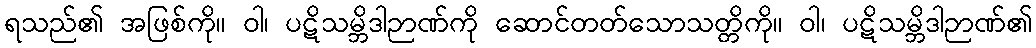
ရသည်၏ အဖြစ်ကို။ ဝါ၊ ပဋိသမ္ဘိဒါဉာဏ်ကို ဆောင်တတ်သောသတ္တိကို။ ဝါ၊ ပဋိသမ္ဘိဒါဉာဏ်၏